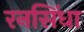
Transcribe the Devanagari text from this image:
रनसिंधा